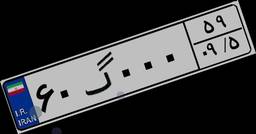
۳۵گ۴۵۳۲۴